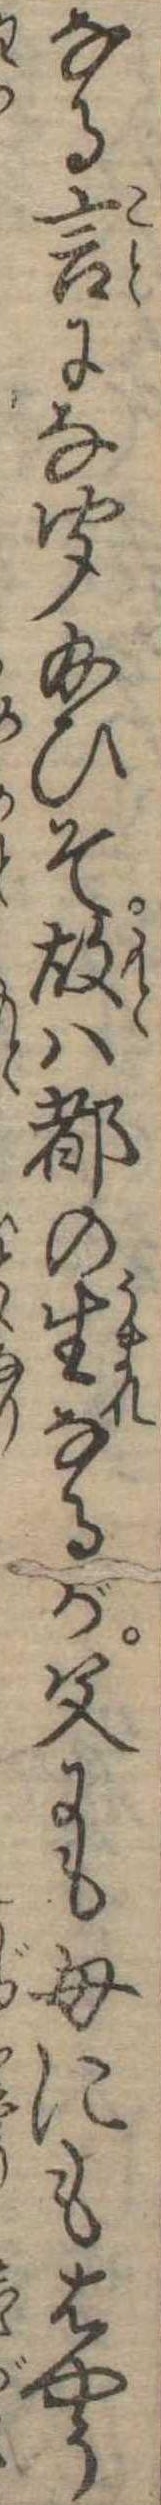
なる言にな聞給ひそ故は都の生なるが父にも母にもはやう